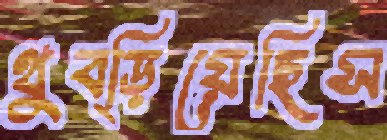
থুব্‌ড়িয়েছিস